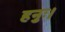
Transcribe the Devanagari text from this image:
हनुः।